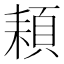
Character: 頛